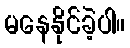
မနေနိုင်ခဲ့ပါ။